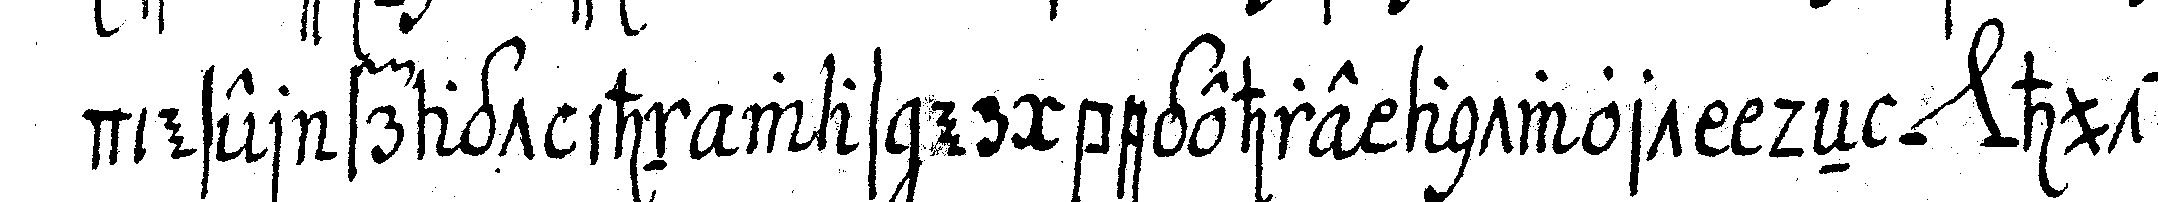
dieser fragt ihn was er begehre antwort deN *nee* huth